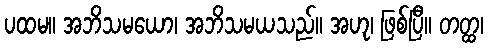
ပထမ။ အဘိသမယော၊ အဘိသမယသည်။ အဟု၊ ဖြစ်ပြီ။ တတ္ထ၊